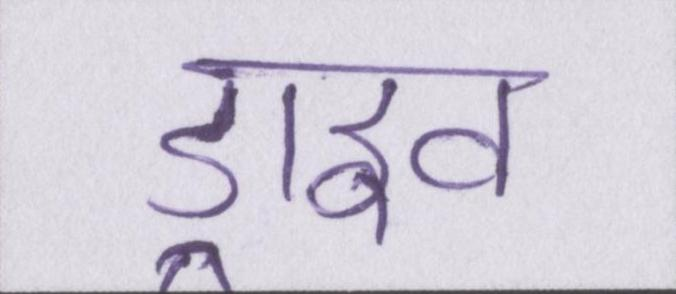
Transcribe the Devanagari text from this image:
ड्राइव